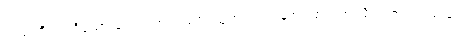
လမ်းကို။ ယဒိသော ဒေတ၊ အကယ်၍ သုတ်သင်ကုန်အံ့။ ဧဝံ၊ ဤသို့ သုတ်သင်သည်။